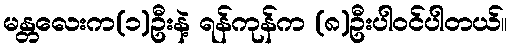
မန္တလေးက(၁)ဦးနဲ့ ရန်ကုန်က (၈)ဦးပါဝင်ပါတယ်။